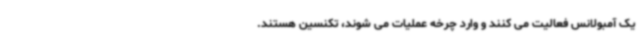
یک آمبولانس فعالیت می کنند و وارد چرخه عملیات می شوند، تکنسین هستند.